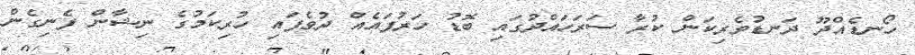
ހޯނޑެއްދޫ ދަނޑުވެރިކަން ކުރާ ސަރަހައްދުގައި ބޮޑު ހަރުފައެއް ދުވެފައި ހުރިކަމުގެ ނިޝާން ފެނިގެން